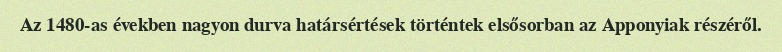
Az 1480-as években nagyon durva határsértések történtek elsősorban az Apponyiak részéről.